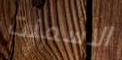
الاسمنت